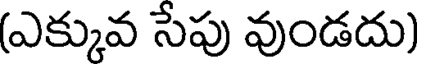
(ఎక్కువ సేపు వుండదు)